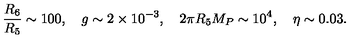
\frac { R _ { 6 } } { R _ { 5 } } \sim 1 0 0 , \quad g \sim 2 \times 1 0 ^ { - 3 } , \quad 2 \pi R _ { 5 } M _ { P } \sim 1 0 ^ { 4 } , \quad \eta \sim 0 . 0 3 .